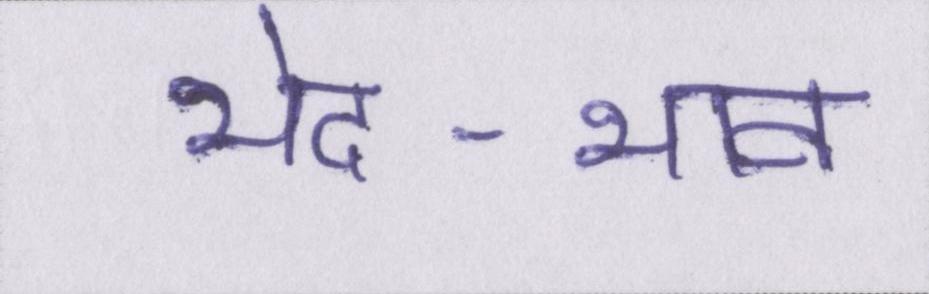
भेद-भाव